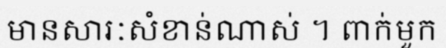
មានសារៈសំខាន់ណាស់ ។ ពាក់មួក